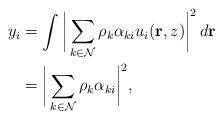
LaTeX: \begin{align*}y_i&=\int\bigg|\sum\limits_{k\in \mathcal{N}}^{}\rho_k\alpha_{ki}u_i(\mathbf{r},z)\bigg|^2\,d\mathbf{r}\\&=\bigg|\sum\limits_{k\in \mathcal{N}}^{}\rho_k\alpha_{ki}\bigg|^2,\end{align*}